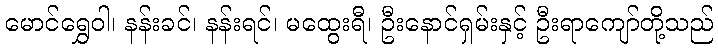
မောင်ရွှေဝါ၊ နန်းခင်၊ နန်းရင်၊ မထွေးရီ၊ ဦးနောင်ရှမ်းနှင့် ဦးရာကျော်တို့သည်